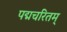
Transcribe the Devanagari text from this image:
पद्मचरितम्